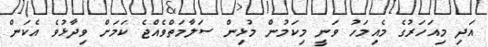
އަދި މިއަހަރުގެ މެއިމަހު ވަނީ މިކަމުން މުޅިން ސަލާމަތްވެއްޖެ ކަމަށް ވިދާޅުވެ އެކަން